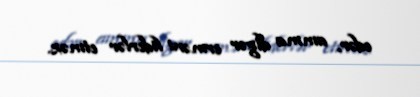
edər, amma digər erməni liderlər etməz.